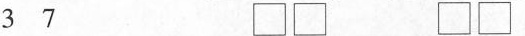
37\Box\Box\Box\Box